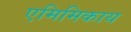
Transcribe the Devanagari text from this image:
एमिमिकाय